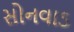
સોનવાડ